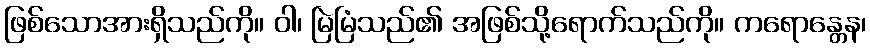
ဖြစ်သောအားရှိသည်ကို။ ဝါ၊ မြဲမြံသည်၏ အဖြစ်သို့ရောက်သည်ကို။ ကရောန္တေန၊